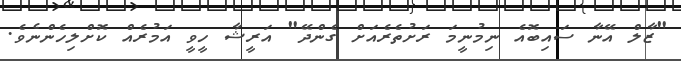
"ޒާލް އޭނާ ސައިބޮއެ ނިމުނީމަ ރަށުތެރެއަށް ގެންދޭ" އަރީޝާ ހީވީ އަމުރެއް ކޮށްލިހެންނެވެ.